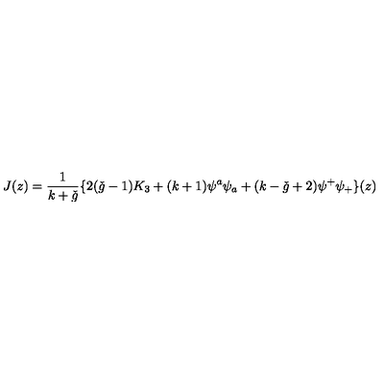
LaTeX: J ( z ) = \frac { 1 } { k + \check { g } } \{ 2 ( \check { g } - 1 ) K _ { 3 } + ( k + 1 ) \psi ^ { a } \psi _ { a } + ( k - \check { g } + 2 ) \psi ^ { + } \psi _ { + } \} ( z )